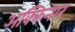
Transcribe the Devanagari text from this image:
अक्किनार